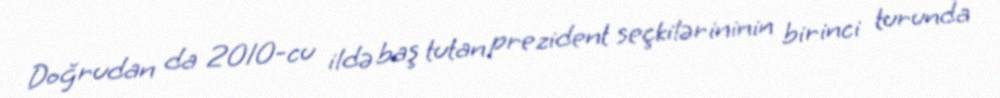
Doğrudan da 2010-cu ildə baş tutan prezident seçkilərininin birinci turunda